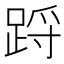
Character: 䟹